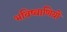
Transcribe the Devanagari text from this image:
भविष्वाणियों